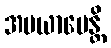
အပယာပေန္တိ